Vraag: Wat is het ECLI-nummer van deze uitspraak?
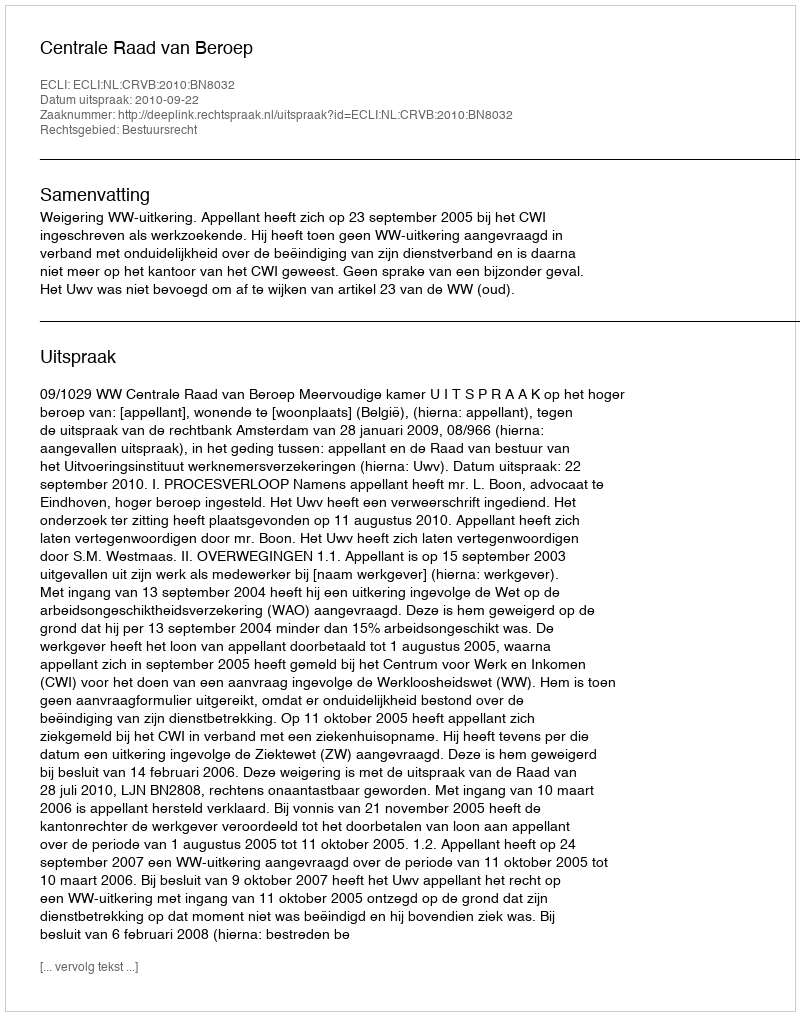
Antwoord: ECLI:NL:CRVB:2010:BN8032